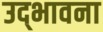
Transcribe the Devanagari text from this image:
उद्‌भावना